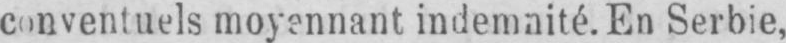
conventuels moyennant indemnité. En Serbie,